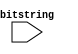
module q2_fsm #(parameter BIT_WIDTH = 32)(bitstring);
	input [BIT_WIDTH - 1 : 0] bitstring;



endmodule